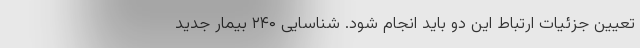
تعیین جزئیات ارتباط این دو باید انجام شود. شناسایی ۲۴۰ بیمار جدید